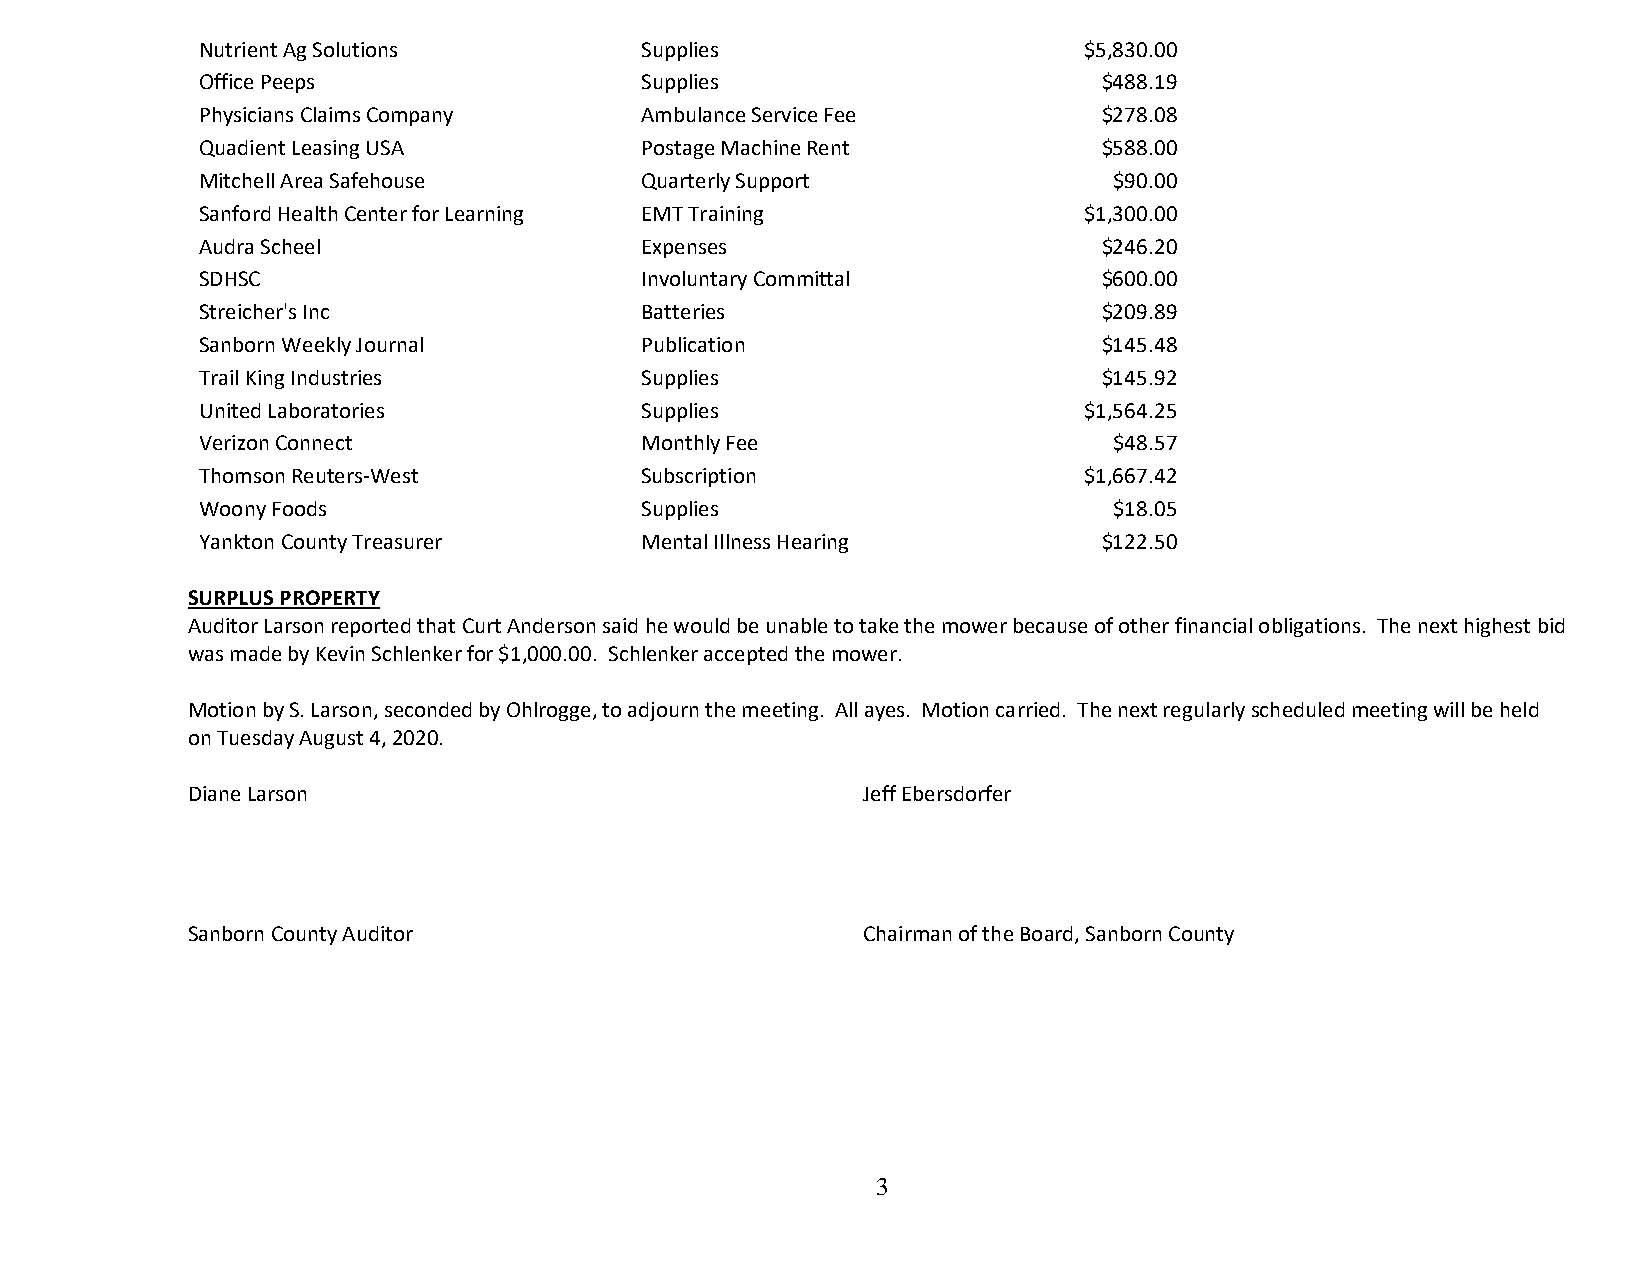
Nutrient Ag Solutions        Supplies                      $5,830.00
 Office Peeps                 Supplies                       $488.19
 Physicians Claims Company    Ambulance Service Fee          $278.08
 Quadient Leasing USA         Postage Machine Rent           $588.00
 Mitchell Area Safehouse      Quarterly Support               $90.00
 Sanford Health Center for Learning EMT Training            $1,300.00
 Audra Scheel                 Expenses                       $246.20
 SDHSC                        Involuntary Committal          $600.00
 Streicher's Inc              Batteries                      $209.89
 Sanborn Weekly Journal       Publication                    $145.48
 Trail King Industries        Supplies                       $145.92
 United Laboratories          Supplies                      $1,564.25
 Verizon Connect              Monthly Fee                     $48.57
 Thomson Reuters-West         Subscription                  $1,667.42
 Woony Foods                  Supplies                        $18.05
 Yankton County Treasurer     Mental Illness Hearing         $122.50
 SURPLUS PROPERTY
 Auditor Larson reported that Curt Anderson said he would be unable to take the mower because of other financial obligations. The next highest bid
 was made by Kevin Schlenker for $1,000.00. Schlenker accepted the mower.
 Motion by S. Larson, seconded by Ohlrogge, to adjourn the meeting. All ayes. Motion carried. The next regularly scheduled meeting will be held
 on Tuesday August 4, 2020.
 Diane Larson                                 Jeff Ebersdorfer
 Sanborn County Auditor                       Chairman of the Board, Sanborn County
 3